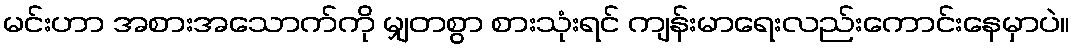
မင်းဟာ အစားအသောက်ကို မျှတစွာ စားသုံးရင် ကျန်းမာရေးလည်းကောင်းနေမှာပဲ။